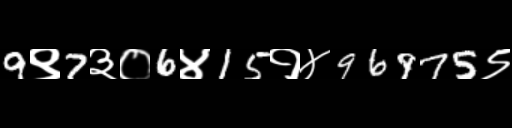
Text: 9९7३०6४15१४96975९